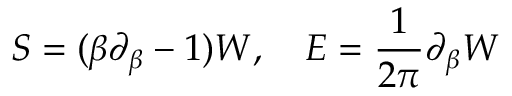
S = ( \beta \partial _ { \beta } - 1 ) W , ~ ~ ~ E = { \frac { 1 } { 2 \pi } } \partial _ { \beta } W